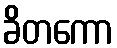
ခိတကော